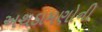
અથડામણોની